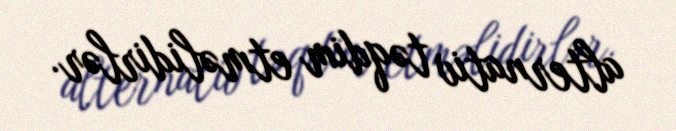
alternativ təqdim etməlidirlər.